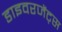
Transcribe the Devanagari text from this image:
डाइवरजेंट्स